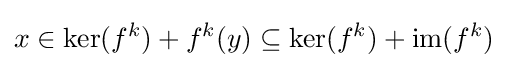
x\in \mathrm {ker} (f^{k})+f^{k}(y)\subseteq \mathrm {ker} (f^{k})+\mathrm {im} (f^{k})